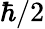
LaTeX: \hbar/2